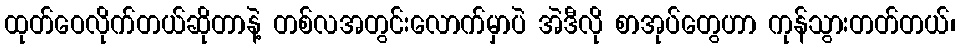
ထုတ်ဝေလိုက်တယ်ဆိုတာနဲ့ တစ်လအတွင်းလောက်မှာပဲ အဲဒီလို စာအုပ်တွေဟာ ကုန်သွားတတ်တယ်၊